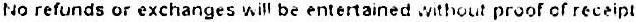
NO REFUNDS OR EXCHANGES WILL BE ENTERTAINED WITHOUT PROOF OF RECEIPT